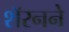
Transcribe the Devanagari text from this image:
शॅरनने